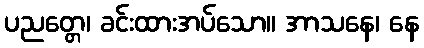
ပညတ္တေ၊ ခင်းထားအပ်သော။ အာသနေ၊ နေ